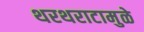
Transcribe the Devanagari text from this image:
थरथराटामुळे